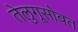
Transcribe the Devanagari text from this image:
तेलुगूसोबत